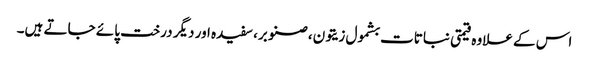
اس کے علاوہ قیمتی نباتات بشمول زیتون، صنوبر، سفیدہ اور دیگر درخت پائے جاتے ہیں۔